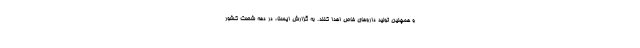
و همچنین تولید داروهای خاص اهدا کنند. به گزارش ایسنا، در دهه شصت کشور